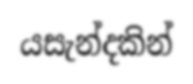
යසැන්දකින්